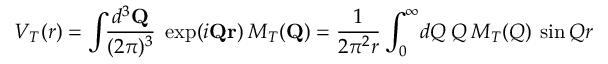
V _ { T } ( r ) = \int { \! \! { \frac { d ^ { 3 } { \mathbf Q } } { ( 2 \pi ) ^ { 3 } } } \; \exp ( i { \mathbf Q } { \mathbf r } ) \: { \cal M } _ { T } ( { \mathbf Q } ) } = { \frac { 1 } { 2 \pi ^ { 2 } r } } \int _ { 0 } ^ { \infty } \! d Q \: Q \: { \cal M } _ { T } ( Q ) \: \sin Q r